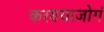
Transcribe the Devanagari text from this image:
करण्याजोगं